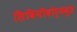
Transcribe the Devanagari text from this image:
लिविनीवोर्मवुड